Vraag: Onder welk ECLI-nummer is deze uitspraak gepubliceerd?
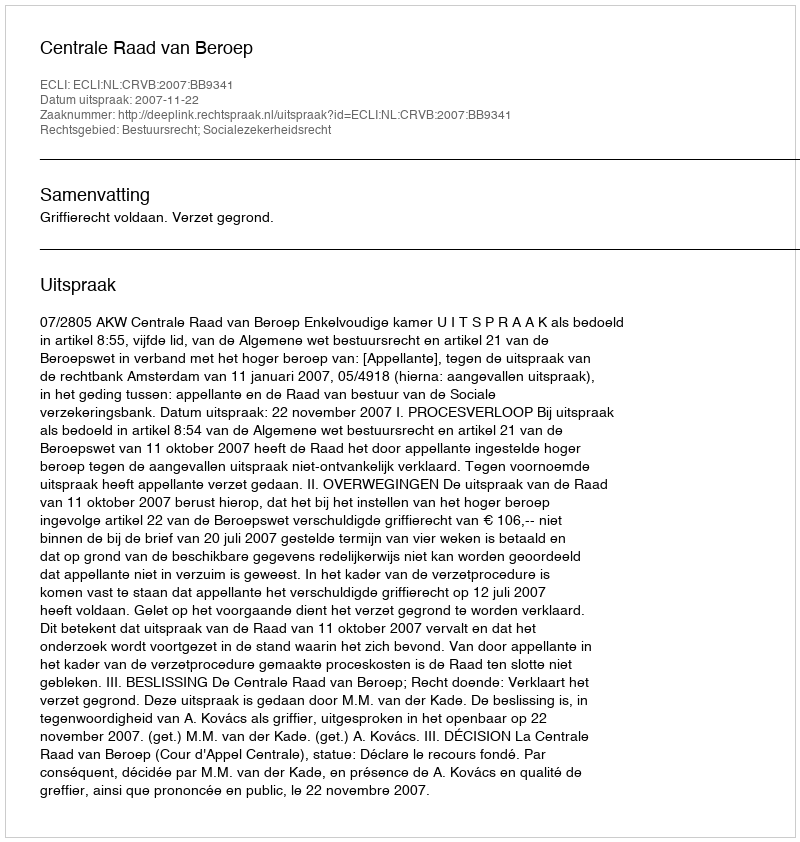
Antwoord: ECLI:NL:CRVB:2007:BB9341